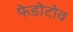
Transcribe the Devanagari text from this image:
फेडोटोव